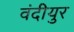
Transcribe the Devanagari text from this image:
वंदीयुर